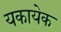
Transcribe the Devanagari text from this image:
यकायेक